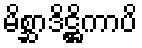
မိစ္ဆာဒိဋ္ဌိကာပိ